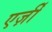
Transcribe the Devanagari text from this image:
एर्ज़ीं